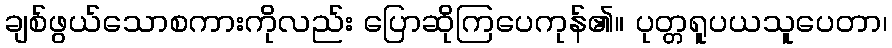
ချစ်ဖွယ်သောစကားကိုလည်း ပြောဆိုကြပေကုန်၏။ ပုတ္တရူပယသူပေတာ၊